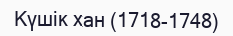
Күшік хан (1718-1748)